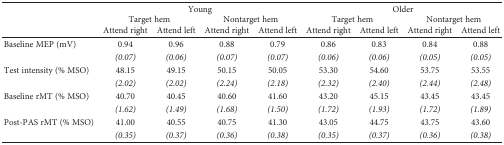
<table><thead><tr><td></td><td colspan="4"><b>Young</b></td><td colspan="4"><b>Older</b></td></tr><tr><td></td><td colspan="2"><b>Target hem</b></td><td colspan="2"><b>Nontarget hem</b></td><td colspan="2"><b>Target hem</b></td><td colspan="2"><b>Nontarget hem</b></td></tr><tr><td></td><td><b>Attend right</b></td><td><b>Attend left</b></td><td><b>Attend right</b></td><td><b>Attend left</b></td><td><b>Attend right</b></td><td><b>Attend left</b></td><td><b>Attend right</b></td><td><b>Attend left</b></td></tr></thead><tbody><tr><td>Baseline MEP (mV)</td><td>0.94</td><td>0.96</td><td>0.88</td><td>0.79</td><td>0.86</td><td>0.83</td><td>0.84</td><td>0.88</td></tr><tr><td></td><td><i>(0.07)</i></td><td><i>(0.06)</i></td><td><i>(0.07)</i></td><td><i>(0.07)</i></td><td><i>(0.06)</i></td><td><i>(0.06)</i></td><td><i>(0.05)</i></td><td><i>(0.05)</i></td></tr><tr><td>Test intensity (% MSO)</td><td>48.15</td><td>49.15</td><td>50.15</td><td>50.05</td><td>53.30</td><td>54.60</td><td>53.75</td><td>53.55</td></tr><tr><td></td><td><i>(2.02)</i></td><td><i>(2.02)</i></td><td><i>(2.24)</i></td><td><i>(2.18)</i></td><td><i>(2.32)</i></td><td><i>(2.40)</i></td><td><i>(2.44)</i></td><td><i>(2.48)</i></td></tr><tr><td>Baseline rMT (% MSO)</td><td>40.70</td><td>40.45</td><td>40.60</td><td>41.60</td><td>43.20</td><td>45.15</td><td>43.45</td><td>43.45</td></tr><tr><td></td><td><i>(1.62)</i></td><td><i>(1.49)</i></td><td><i>(1.68)</i></td><td><i>(1.50)</i></td><td><i>(1.72)</i></td><td><i>(1.93)</i></td><td><i>(1.72)</i></td><td><i>(1.89)</i></td></tr><tr><td>Post-PAS rMT (% MSO)</td><td>41.00</td><td>40.55</td><td>40.75</td><td>41.30</td><td>43.05</td><td>44.75</td><td>43.75</td><td>43.60</td></tr><tr><td></td><td><i>(0.35)</i></td><td><i>(0.37)</i></td><td><i>(0.36)</i></td><td><i>(0.38)</i></td><td><i>(0.35)</i></td><td><i>(0.37)</i></td><td><i>(0.36)</i></td><td><i>(0.38)</i></td></tr></tbody></table>